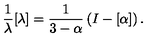
\frac { 1 } { \lambda } [ \lambda ] = \frac { 1 } { 3 - \alpha } \left( I - [ \alpha ] \right) .